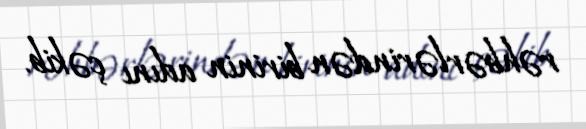
rəhbərlərindən birinin adını çəkib.